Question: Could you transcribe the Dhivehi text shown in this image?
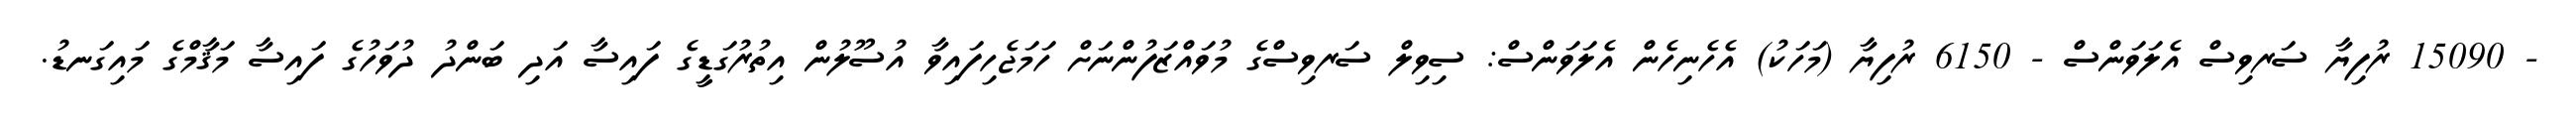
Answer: - 15090 ރުފިޔާ ސަރވިސް އެލަވަންސް - 6150 ރުފިޔާ (މަހަކު) އެހެނިހެން އެލަވަންސް: ސިވިލް ސަރވިސްގެ މުވައްޒަފުންނަށް ހަމަޖެހިފައިވާ އުސޫލުން އިތުރުގަޑީގެ ފައިސާ އަދި ބަންދު ދުވަހުގެ ފައިސާ މަޤާމްގެ މައިގަނޑު.